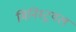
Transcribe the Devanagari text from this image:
मिनिस्ट्रयल